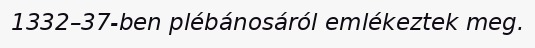
1332–37-ben plébánosáról emlékeztek meg.